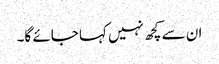
ان سے کچھ نہیں کہا جائے گا۔